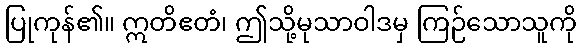
ပြုကုန်၏။ ဣတိဧတံ၊ ဤသို့မုသာဝါဒမှ ကြဉ်သောသူကို